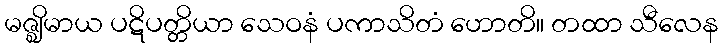
မဇ္ဈိမာယ ပဋိပတ္တိယာ သေဝနံ ပကာသိတံ ဟောတိ။ တထာ သီလေန